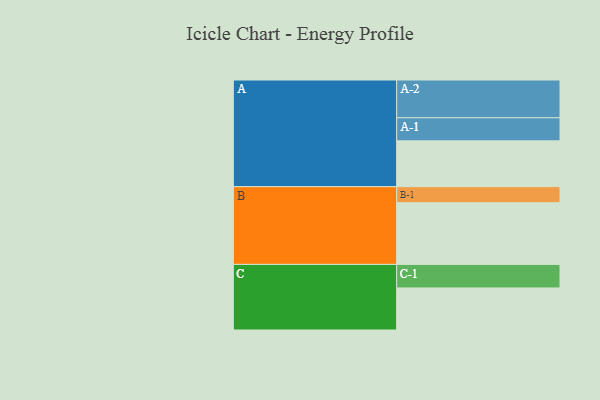
{"axis": {"x": "Segment", "y": "Value"}, "legend": ["", "A", "B", "C"], "data": [{"x": "A", "y": 331, "type": ""}, {"x": "B", "y": 446, "type": ""}, {"x": "C", "y": 304, "type": ""}, {"x": "A-1", "y": 167, "type": "A"}, {"x": "A-2", "y": 273, "type": "A"}, {"x": "B-1", "y": 116, "type": "B"}, {"x": "C-1", "y": 170, "type": "C"}]}